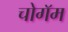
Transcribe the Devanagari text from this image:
चोगॅम